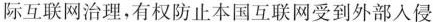
际互联网治理，有权防止本国互联网受到外部入侵